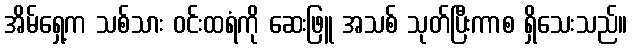
အိမ်ရှေ့က သစ်သား ဝင်းထရံကို ဆေးဖြူ အသစ် သုတ်ပြီးကာစ ရှိသေးသည်။